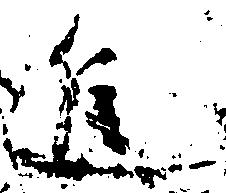
進